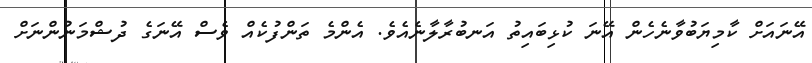
އޭނައަށް ކާމިޔަބުވާނެހެން އޭނަ ކުޅިބައިތު އަނބުރާލާނެއެވެ. އެންމެ ތަންފުކެއް ވެސް އޭނަގެ ދުޝްމަނުންނަށް